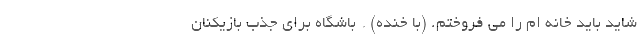
شاید باید خانه ام را می فروختم. (با خنده) * باشگاه برای جذب بازیکنان